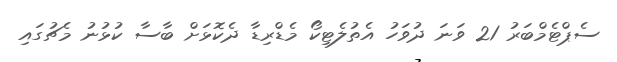
ސެޕްޓެމްބަރު 21 ވަނަ ދުވަހު އެތުލެޓިކޯ މެޑްރިޑާ ދެކޮޅަށް ބާސާ ކުޅުނު މެޗުގައި